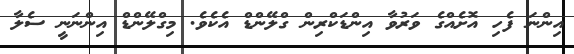
އިންނަ ފެހި އޮށެއްގެ ވަރުވާ އިންޑަކްރިން ގްލޭންޑް އެކެވެ. މިގްލޭންޑް އިންނަނީ ސެލާ